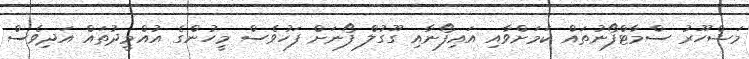
މަޝްހޫރު ސްމާޓްފޯނުތައް ކަމަށްވާއި އައިފޯނާއި ގޫގުލް ފޯނަށް ފަހުވެސް މީހުންގެ އުއްމީދުތައް އަދިވެސް